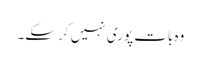
وہ بات پوری نہیں کر سکے۔